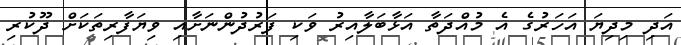
އަދި މިދިޔަ އަހަރުގެ އެ މުއްދަތާ އަޅާބަލާއިރު ވަކި ފަރުދުންނަށާއި ވިޔަފާރިތަކަށް ދޫކުރި